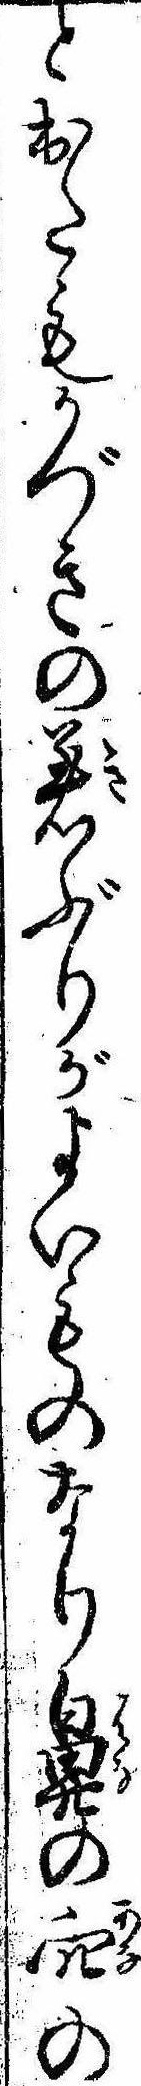
と出たもかづきの着ぶりがよいものなり鼻の穴の